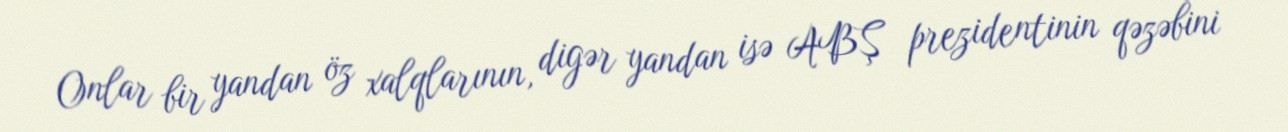
Onlar bir yandan öz xalqlarının, digər yandan isə ABŞ prezidentinin qəzəbini